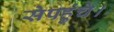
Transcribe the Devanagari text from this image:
सेपहुंचे।